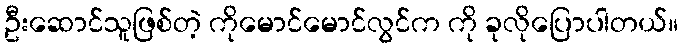
ဦးဆောင်သူဖြစ်တဲ့ ကိုမောင်မောင်လွင်က ကို ခုလိုပြောပါတယ်။